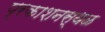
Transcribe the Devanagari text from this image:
प्रकाशनस्थळ